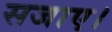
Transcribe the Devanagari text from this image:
सजाए।